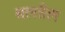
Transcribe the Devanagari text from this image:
बलतैल